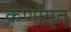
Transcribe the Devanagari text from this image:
कर्णामृत्